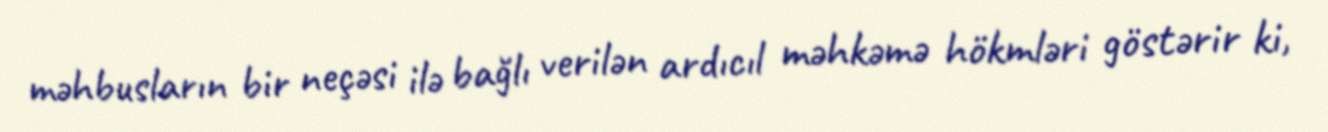
məhbusların bir neçəsi ilə bağlı verilən ardıcıl məhkəmə hökmləri göstərir ki,